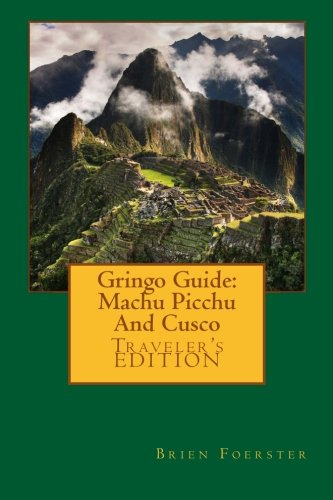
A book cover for Gringo Guide: Machu Picchu And Cusco; Brien Foerster; Travel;